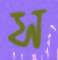
স